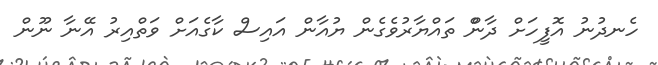
ހެނދުނު އޮފީހަށް ދާންް ތައްޔާރުވެގެން ޔުއާން އައިސް ކާގެއަށް ވަތްއިރު އޭނާ ނޫން